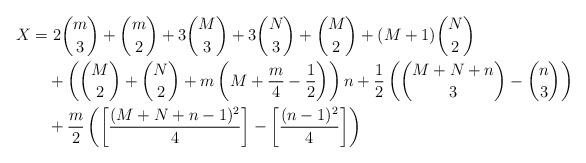
LaTeX: \begin{align*}X&=2\binom m3+\binom m2+3\binom M3+3\binom N3+\binom M2+(M+1)\binom N2\\&\quad+\left(\binom M2+\binom N2+m\left(M+\frac m4-\frac 12\right)\right)n+\frac 12\left(\binom{M+N+n}3-\binom n3\right)\\&\quad+\frac m2\left(\left[\frac{(M+N+n-1)^2}4\right]-\left[\frac{(n-1)^2}4\right]\right)\end{align*}